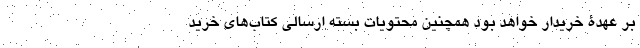
بر عهدۀ خریدار خواهد بود همچنین محتویات بسته ارسالی کتاب‌های خرید